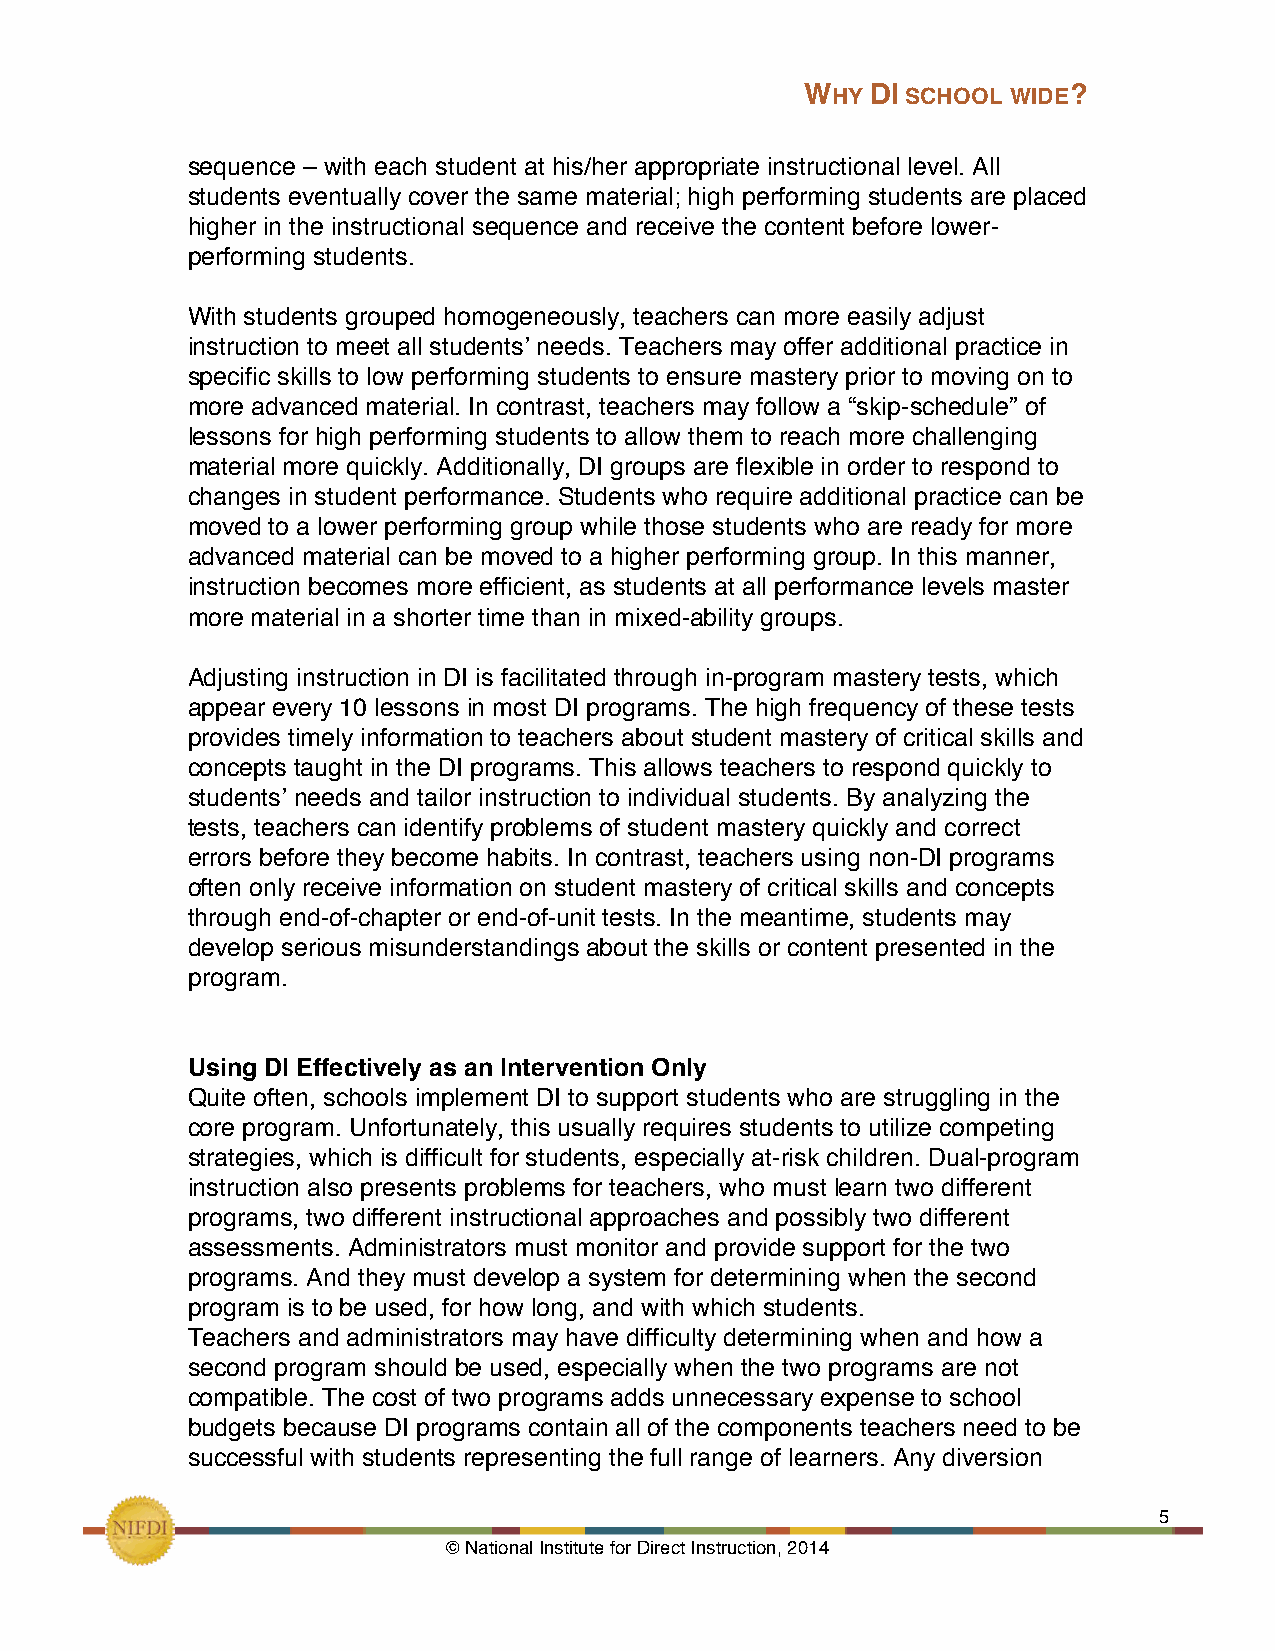
WHY  DI SCHOOL WIDE?
 sequence – with each student at his/her appropriate instructional level. All
 students eventually cover the same material; high performing students are placed
 higher in the instructional sequence and receive the content before lower-
 performing students.
 With students grouped homogeneously, teachers can more easily adjust
 instruction to meet all students’ needs. Teachers may offer additional practice in
 specific skills to low performing students to ensure mastery prior to moving on to
 more advanced material. In contrast, teachers may follow a “skip-schedule” of
 lessons for high performing students to allow them to reach more challenging
 material more quickly. Additionally, DI groups are flexible in order to respond to
 changes in student performance. Students who require additional practice can be
 moved to a lower performing group while those students who are ready for more
 advanced material can be moved to a higher performing group. In this manner,
 instruction becomes more efficient, as students at all performance levels master
 more material in a shorter time than in mixed-ability groups.
 Adjusting instruction in DI is facilitated through in-program mastery tests, which
 appear every 10 lessons in most DI programs. The high frequency of these tests
 provides timely information to teachers about student mastery of critical skills and
 concepts taught in the DI programs. This allows teachers to respond quickly to
 students’ needs and tailor instruction to individual students. By analyzing the
 tests, teachers can identify problems of student mastery quickly and correct
 errors before they become habits. In contrast, teachers using non-DI programs
 often only receive information on student mastery of critical skills and concepts
 through end-of-chapter or end-of-unit tests. In the meantime, students may
 develop serious misunderstandings about the skills or content presented in the
 program.
 Using DI Effectively as an Intervention Only
 Quite often, schools implement DI to support students who are struggling in the
 core program. Unfortunately, this usually requires students to utilize competing
 strategies, which is difficult for students, especially at-risk children. Dual-program
 instruction also presents problems for teachers, who must learn two different
 programs, two different instructional approaches and possibly two different
 assessments. Administrators must monitor and provide support for the two
 programs. And they must develop a system for determining when the second
 program is to be used, for how long, and with which students.!
 Teachers and administrators may have difficulty determining when and how a
 second program should be used, especially when the two programs are not
 compatible. The cost of two programs adds unnecessary expense to school
 budgets because DI programs contain all of the components teachers need to be
 successful with students representing the full range of learners. Any diversion
 !                                                             5!
 © National Institute for Direct Instruction, 2014!